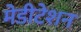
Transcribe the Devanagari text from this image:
मेडीटेशन